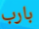
بارب